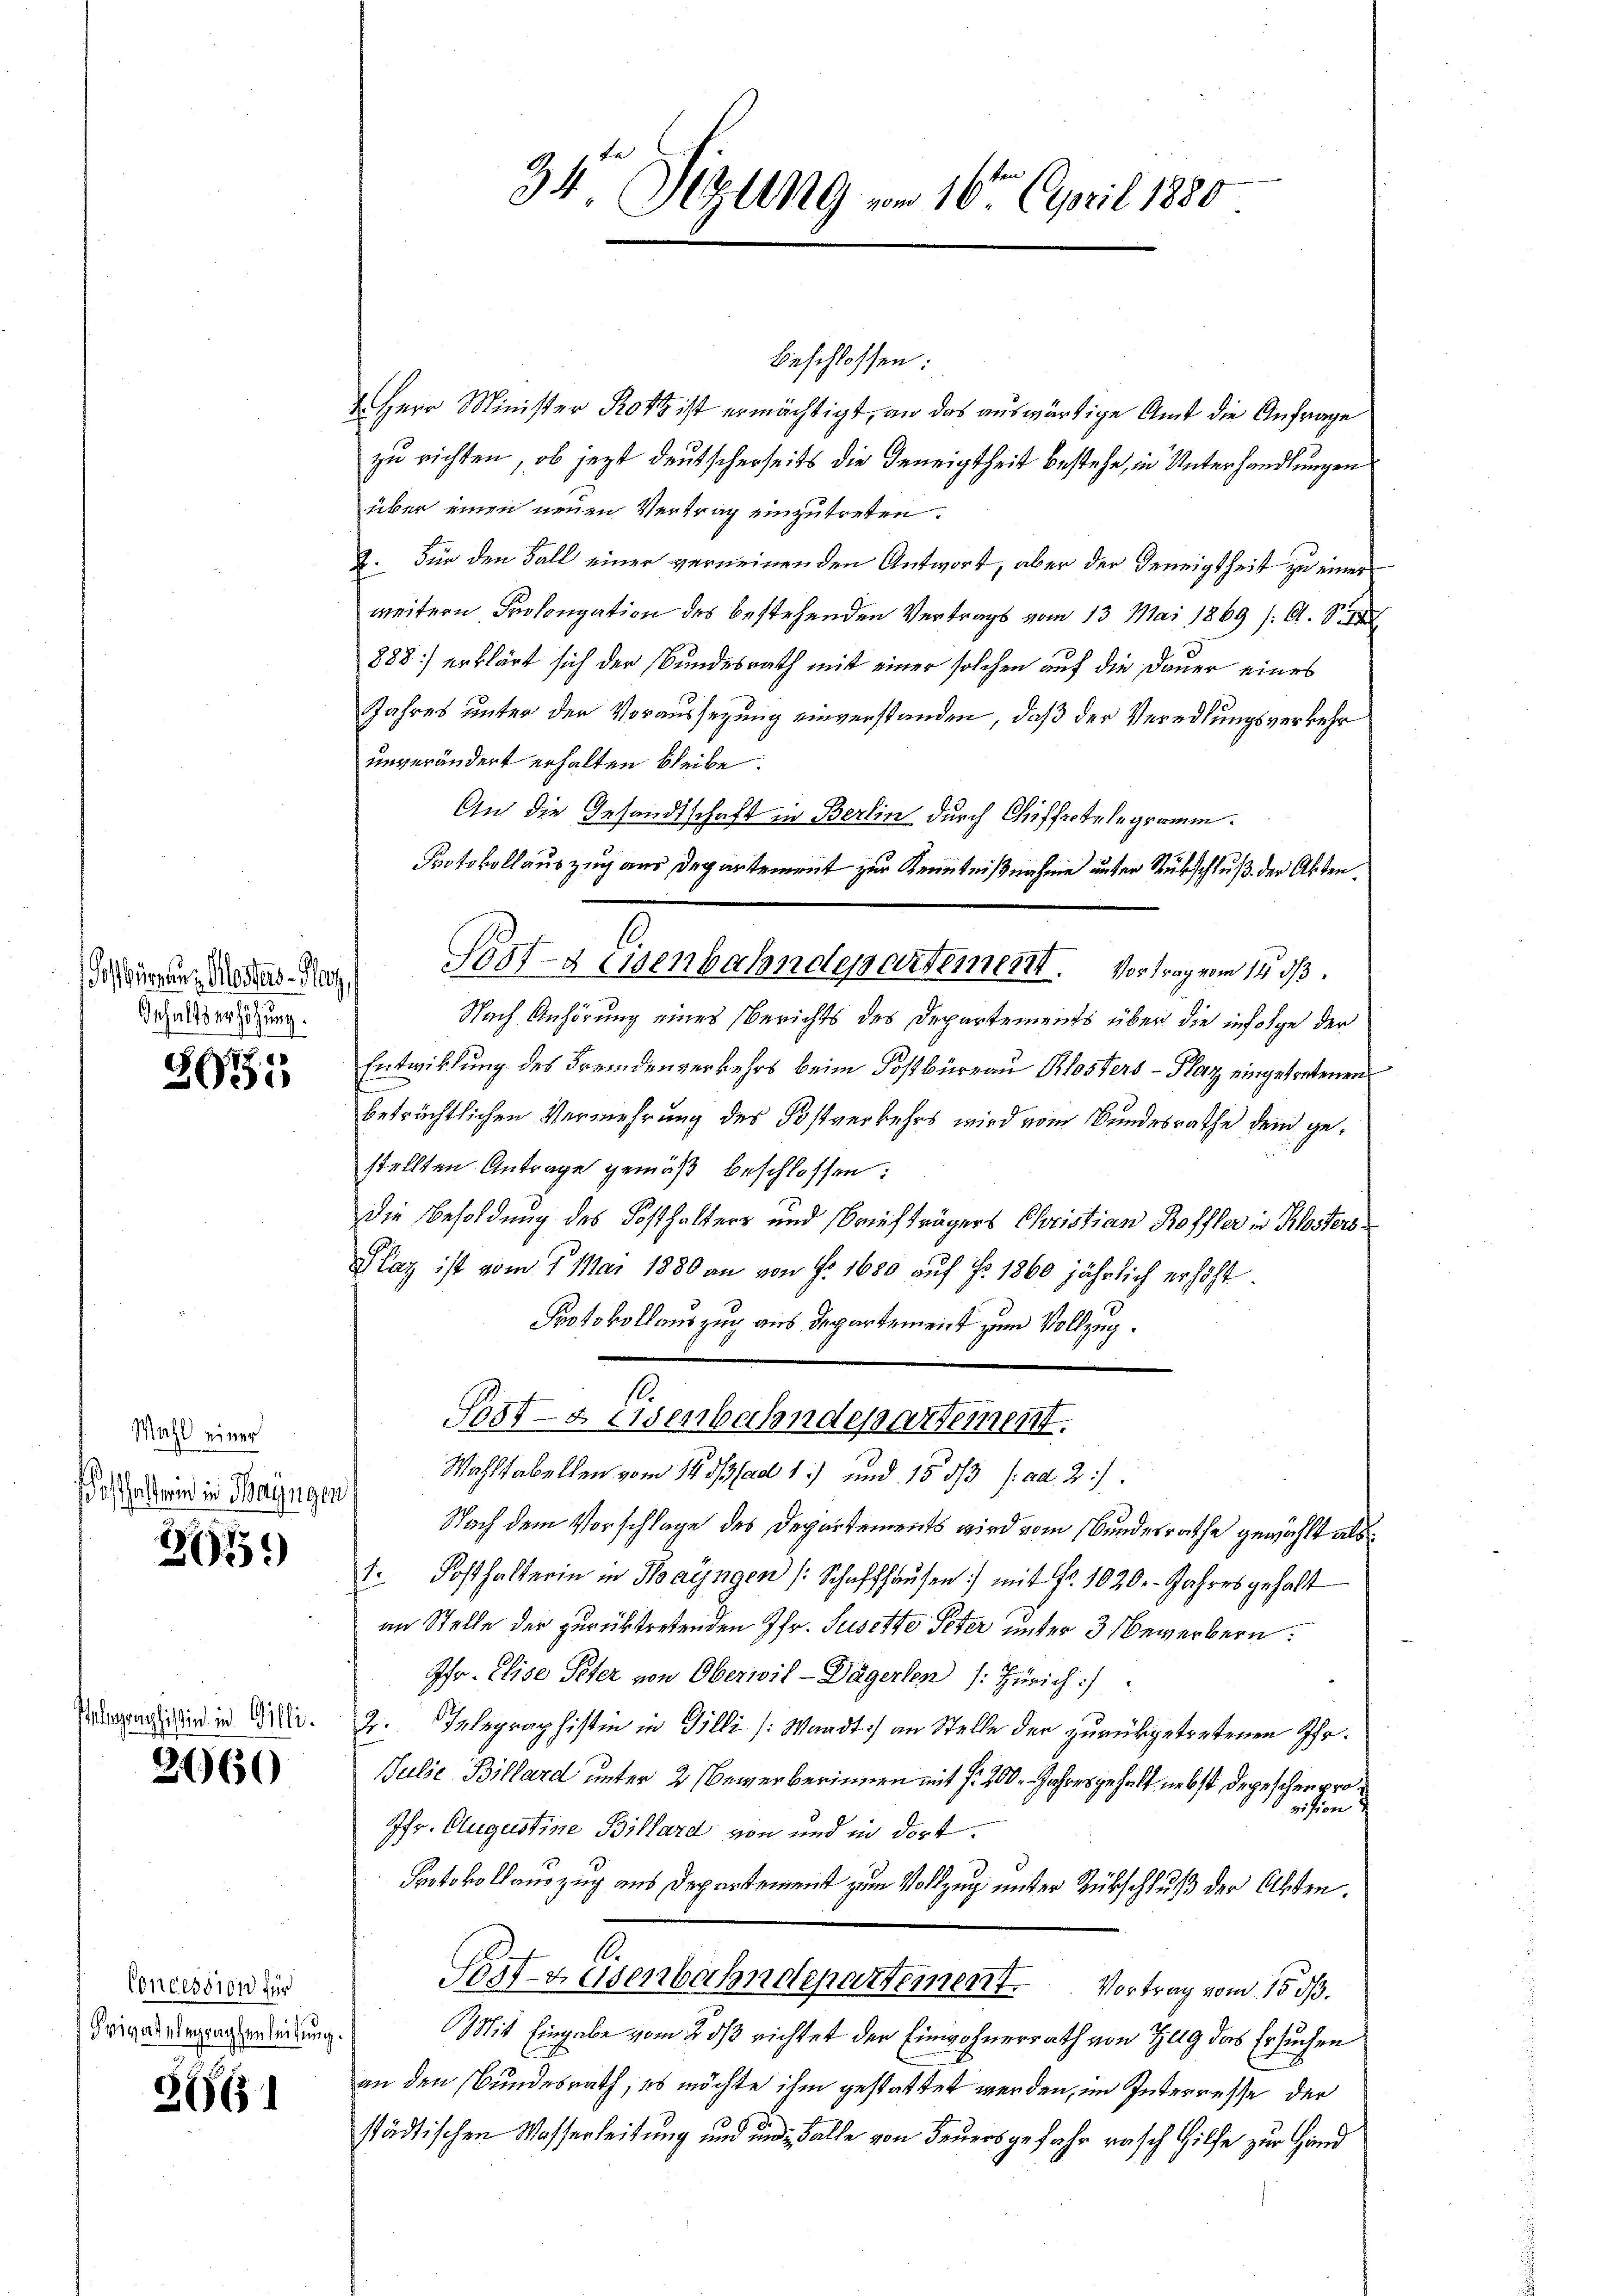
osuranz Klosters Herz
Inhaltserhöhung.

.
635

Wahl einer

265)

lomphistin in Gilli

2160

Concession für
Privatelegraphenleitung.

2661

34r Sitzung vom 16ten April 1850

beschlossen:
1. Herr Minister Rotz ist ermächtigt, an das auswärtige Amt die Anfrage
zu richten, ob jezt deutscherseits die Geneigtheit bestehe, in Unterhandlungen
über einen neuen Vertrag einzutreten.
2. Für den Fall einer verneinenden Antwort, aber der Geneigtheit zu einer
weitern Prolongation des bestehenden Vertrags vom 13. Mai 1869 /: A. S. 1
888) erklärt sich der Bundesrath mit einer solchen auf die Dauer eines
Jahres unter der Voraussetzung einverstanden, daß der Veredlungsverkehr
unverändert erhalten bleibe.
An die Gesandtschaft in Berlin durch Chiffretelegramm.
Protokollauszug aus Departement zur Kenntnißnahme unter Rubschluß der Akten.
Nach Anhörung eines Berichts des Departements über die infolge der
Entwicklung des Fremdenverkehrs beim Postbüreau Klosters-Plaz eingetretenen
beträchtlichen Vermehrung des Postverkehrs wird vom Bundesrathe dem gestellten Antrage gemäß beschlossen:
die Besoldung des Kosthalters und Briefträgers Christian Roffler in Klosters¬
Plaz ist vom 7. Mai 1880 an von Nr 1680 auf Fr. 1860 jährlich erhöht.
Protokollauszug aus Departement zum Vollzug¬
6
Post- & Eisenbahndepartement.
Wahltabellen vom 14. ds ad 1) und 1533 f. ad 2.)
Dabei die Mangen Nach dem Vorschlage des Departements wird vom Bundesrathe gewächst als
1. Posthalterin in Thayngen (Schaffhausen) mit Fr. 1020. Jahres gehalt
ain Stelle der zurücktretenden Pfr. Susette Peter unter 3 Bewerbern.
Ihr. Elise Peter von Oberwil-Dägerlen (: Zürich).
2. Telegraphistin in Gilli (Waadt) an Stelle der zurückgetretenen Pfr.
Julie Billard unter 2 bewerberinnen mit f. 200. Jahres gehalt nebst depeschen provision
Jfr. Augustine Billard von und in dort.
Protokollauszug aus Departement zum Vollzug unter Rückschluß der Absten.
Pest-Keisenbahndepartement. Vortrag vom 15. ds.
Mit Eingabe vom 2. ds richtet der Einwohnerrath von Zug das Ersuchen
an den Bundesrath, es möchte ihm gestattet werden, im Interresse der
städtischen Wasserleitung und und Falle von Feuersgefahr rasch Hilfe zur Hand

Post- & Eisenbahndepartemerkt. Vortrag vom 14. ds.